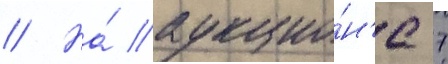
// На́ аукцио́н'е 7